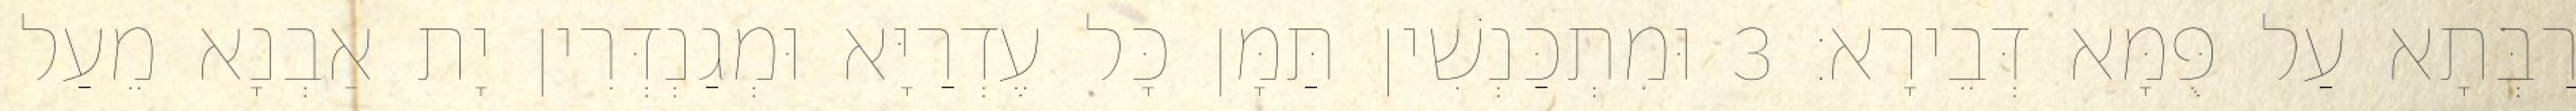
רַבְּתָא עַל פֻּמָּא דְּבֵירָא׃ 3 וּמִתְכַּנְשִׁין תַּמָּן כָּל עֶדְרַיָּא וּמְגַנְדְּרִין יָת אַבְנָא מֵעַל